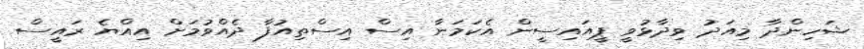
ޝަހިންދާ މިއަދު ވިދާޅުވީ ޕީއައިސީން އެކަމަނާ އިސް އިސްތިއުފާ ދެއްވުމަށް އިއްޔެ ރައީސް